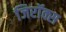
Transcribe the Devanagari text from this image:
जिरॉक्स